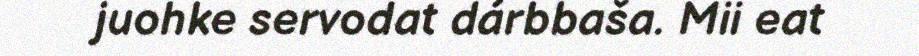
juohke servodat dárbbaša. Mii eat